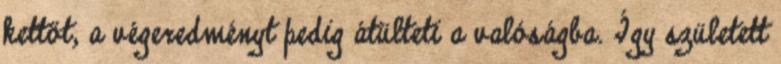
kettőt, a végeredményt pedig átülteti a valóságba. Így született